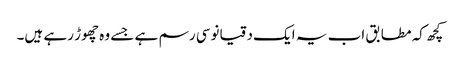
کچھ کہ مطابق اب یہ ایک دقیانوسی رسم ہے جسے وہ چھوڑ رہے ہیں۔